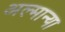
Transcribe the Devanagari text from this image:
अल्मान्या